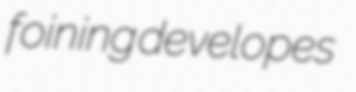
foining developes